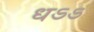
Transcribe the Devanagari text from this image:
धऽऽ